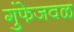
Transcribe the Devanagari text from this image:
गुंफेजवळ